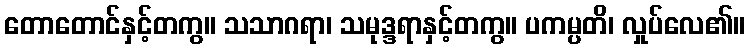
တောတောင်နှင့်တကွ။ သသာဂရာ၊ သမုဒ္ဒရာနှင့်တကွ။ ပကမ္ပတိ၊ လှုပ်လေ၏။